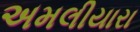
અમલીયારા